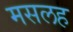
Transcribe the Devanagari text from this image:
मसलह